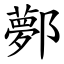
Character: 鄸